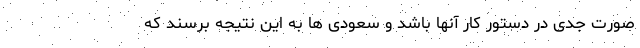
صورت جدی در دستور کار آنها باشد و سعودی ها به این نتیجه برسند که